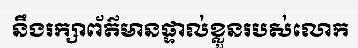
នឹងរក្សាព័ត៌មានផ្ទាល់ខ្លួនរបស់លោក